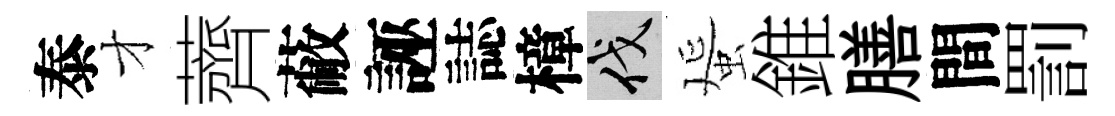
泰才薺蔽誣誌樟伐蜑錐膳間罰